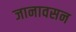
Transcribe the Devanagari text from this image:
जानावसन